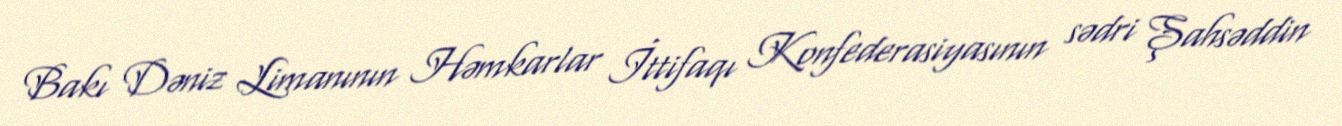
Bakı Dəniz Limanının Həmkarlar İttifaqı Konfederasiyasının sədri Şahsəddin